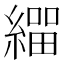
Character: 𦄛